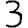
Digit: 3